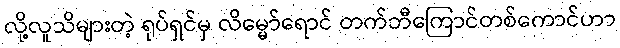
လို့လူသိများတဲ့ ရုပ်ရှင်မှ လိမ္မော်ရောင် တက်ဘီကြောင်တစ်ကောင်ဟာ